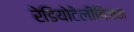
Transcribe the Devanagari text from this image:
रेडियोटेलीविजन